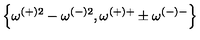
\left\{ \omega ^ { ( + ) 2 } - \omega ^ { ( - ) 2 } , \omega ^ { ( + ) + } \pm \omega ^ { ( - ) - } \right\}